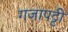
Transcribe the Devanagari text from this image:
गजापट्टी